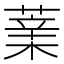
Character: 𦸯